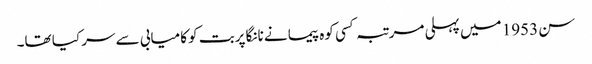
سن 1953 میں پہلی مرتبہ کسی کوہ پیما نے نانگا پربت کو کامیابی سے سر کیا تھا۔